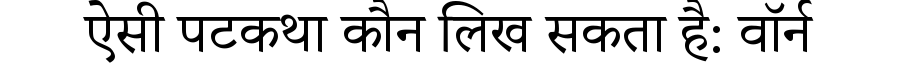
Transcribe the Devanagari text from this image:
ऐसी पटकथा कौन लिख सकता है: वॉर्न